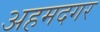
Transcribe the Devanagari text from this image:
अहमदगर